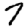
Digit: 7